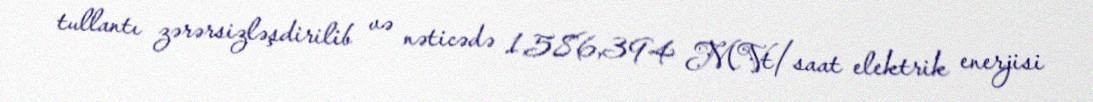
tullantı zərərsizləşdirilib və nəticədə 1,586,394 MVt/saat elektrik enerjisi